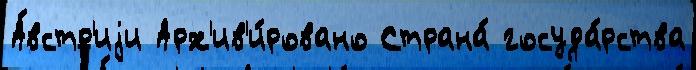
А́встр'иjи Арх'ив'и́ровано Страна́ госуда́рства